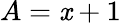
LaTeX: A=\mathit{x}+1